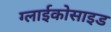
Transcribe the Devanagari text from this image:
ग्लाईकोसाइड